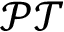
\mathcal { P T }